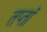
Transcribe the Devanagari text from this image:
तप्तां